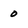
Character: 0